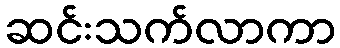
ဆင်းသက်လာကာ